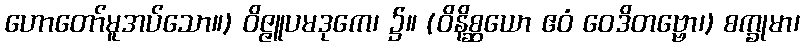
ဟောတော်မူအပ်သော။) ဝိဇ္ဇူပမဒုကေ၊ ၌။ (ဝိနိစ္ဆယော ဧဝံ ဝေဒိတဗ္ဗော၊) စက္ခုမာ၊